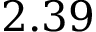
2 . 3 9